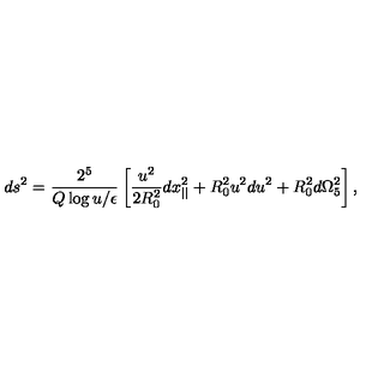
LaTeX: d s ^ { 2 } = { \frac { 2 ^ { 5 } } { Q \log { u / \epsilon } } } \left[ { \frac { u ^ { 2 } } { 2 R _ { 0 } ^ { 2 } } } d x _ { | | } ^ { 2 } + R _ { 0 } ^ { 2 } u ^ { 2 } d u ^ { 2 } + R _ { 0 } ^ { 2 } d \Omega _ { 5 } ^ { 2 } \right] ,